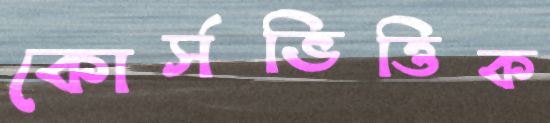
কোর্সভিত্তিক